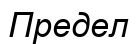
Предел